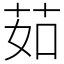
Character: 茹